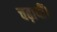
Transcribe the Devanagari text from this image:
चढ़ायीं।